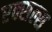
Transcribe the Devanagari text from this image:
एक्सल्स